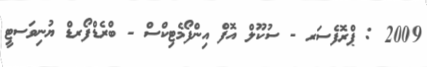
2009 : ޕްރޮފެސަރ - ސުކޫލް އޮފް އިންފޯމެޓިކްސް - ބްރެޑްފޯރޑް ޔުނިވަސޓީ